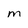
Character: m